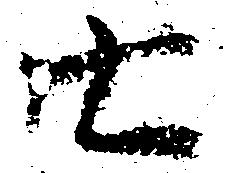
七